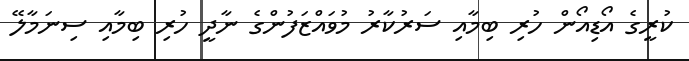
ކުރީގެ އޯޑިއޯން ހުރި ބިމާއި ސަރުކާރު މުވައްޒަފުންގެ ނާދީ ހުރި ބިމާއި ސިނަމާލޭ